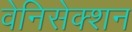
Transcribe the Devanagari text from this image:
वेनिसेक्शन